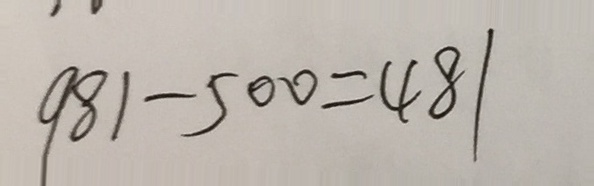
9 8 1 - 5 0 0 = 4 8 1